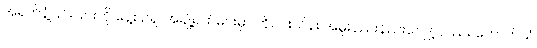
အရက်နံ့ပြင်းပြင်းကို နေ့စဉ်ရှူ၊ အချို့ရက်များမှာ ကိုဝင်းသိန်း အမူးနည်းနည်းလျှော့လည်း ဟောက်သံ